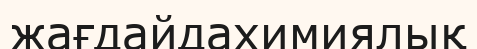
жағдайдахимиялық